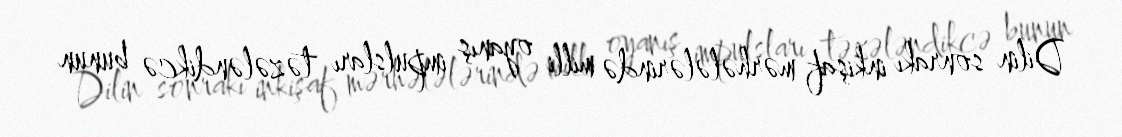
Dilin sonrakı inkişaf mərhələlərində milli oyanış impulsları təzələndikcə bunun